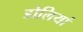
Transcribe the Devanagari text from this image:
डोलियां